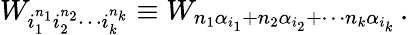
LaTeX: W_{i_{1}^{n_{1}}i_{2}^{n_{2}}\cdots i_{k}^{n_{k}}}\equiv W_{n_{1}\alpha_{i_{1}}+n_{2}\alpha_{i_{2}}+\cdots n_{k}\alpha_{i_{k}}}\, .